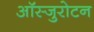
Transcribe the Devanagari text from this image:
ऑस्जुरोटन